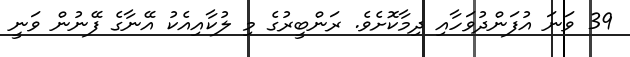
39 ވަނަ އުފަންދުވަހާއި ދިމާކޮށެވެ. ރަންބީރުގެ މި ލުކާއިއެކު އޭނާގެ ފޭނުން ވަނީ